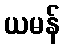
ယမန်